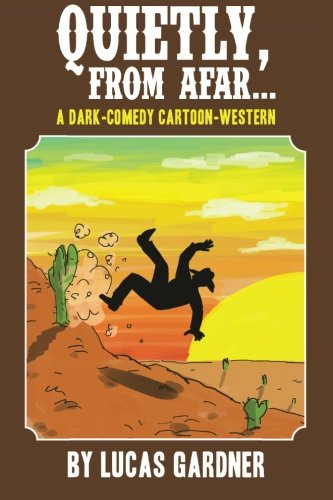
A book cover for Quietly, From Afar: A Dark-Comedy Cartoon-Western; Lucas Gardner; Literature & Fiction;